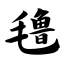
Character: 氇